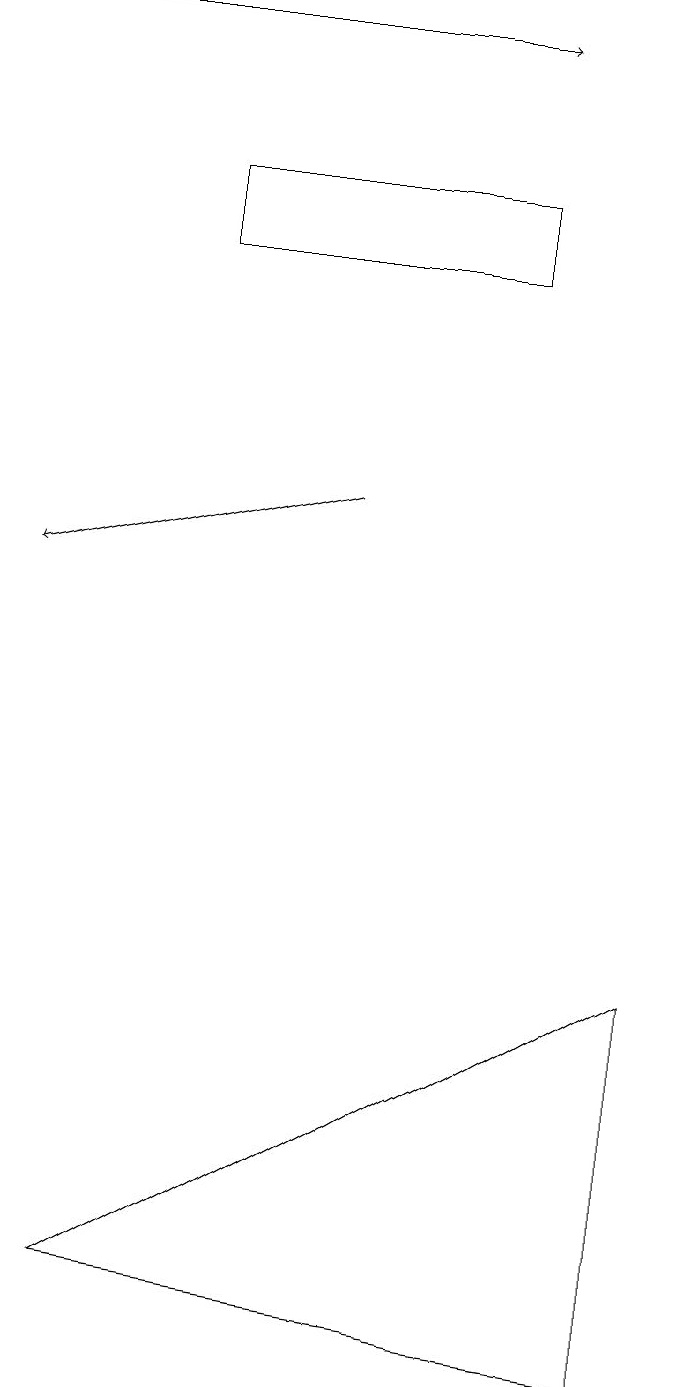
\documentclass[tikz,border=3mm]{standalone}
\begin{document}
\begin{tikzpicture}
\draw (3,15) rectangle (7,14);
\draw[->] (1,17) -- (7,17);
\draw (9,5) -- (9,0) -- (2,1) -- cycle;
\draw[->] (5,11) -- (1,10);
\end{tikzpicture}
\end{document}